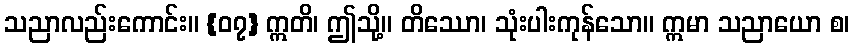
သညာလည်းကောင်း။ {၀၇} ဣတိ၊ ဤသို့။ တိဿော၊ သုံးပါးကုန်သော။ ဣမာ သညာယော စ၊